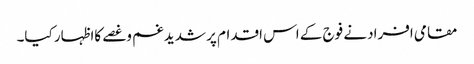
مقامی افرادنے فوج کے اس اقدام پر شدیدغم وغصے کااظہار کیا۔